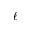
\ell